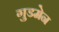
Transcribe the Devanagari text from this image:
गुडमेन